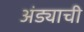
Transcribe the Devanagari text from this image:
अंड्याची